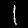
Label: 1